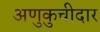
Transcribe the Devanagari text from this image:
अणुकुचीदार